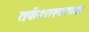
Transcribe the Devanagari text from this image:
तर्कशास्त्राच्या